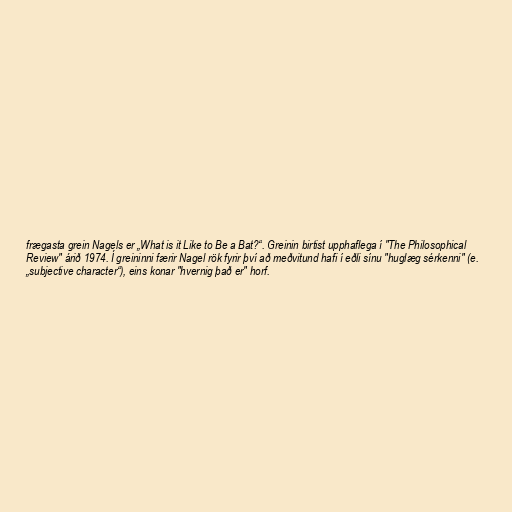
frægasta grein Nagels er „What is it Like to Be a Bat?“. Greinin birtist upphaflega í "The Philosophical
Review" árið 1974. Í greininni færir Nagel rök fyrir því að meðvitund hafi í eðli sínu "huglæg sérkenni" (e.
„subjective character“), eins konar "hvernig það er" horf.